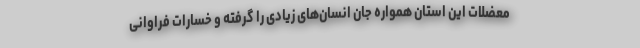
معضلات این استان همواره جان انسان‌های زیادی را گرفته و خسارات فراوانی